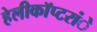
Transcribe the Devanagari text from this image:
हेलीकाॅप्टरांे